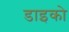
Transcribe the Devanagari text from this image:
डाइको